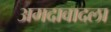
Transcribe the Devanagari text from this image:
अमदावादला